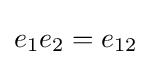
e_{1}e_{2}=e_{12}